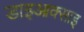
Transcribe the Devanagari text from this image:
डाइआक्साइ